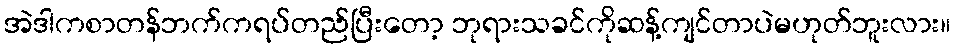
အဲဒါကစာတန်ဘက်ကရပ်တည်ပြီးတော့ ဘုရားသခင်ကိုဆန့်ကျင်တာပဲမဟုတ်ဘူးလား။